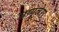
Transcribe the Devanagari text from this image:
अग्युलेरा